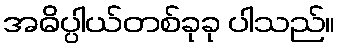
အဓိပ္ပါယ်တစ်ခုခု ပါသည်။